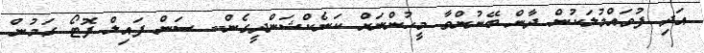
އަދި ފުވައްމުލަކުން ދާން ބޭނުންވާ މީހުންނަށް ކަނެކްޝަންދީގެން-- ސަން ފައިލް ފޮޓޯ ގަމުން